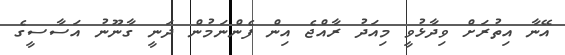
އޭނާ އިތުރަށް ވިދާޅުވީ މިއަދު ރާއްޖެ އިން ފެންނަމުން ދަނީ ގާނޫނު އަސާސީގެ